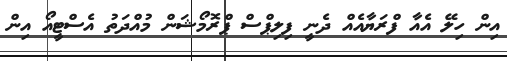
އިން ހިލޭ އެއާ ފްރަޔާއެއް ދެނީ ފިލިޕްސް ޕްރޮމޯޝަން މުއްދަތު އެސްޓީއޯ އިން